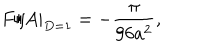
F / A | _ { D = 1 } = - { \frac { \pi } { 9 6 a ^ { 2 } } } ,